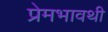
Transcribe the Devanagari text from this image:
प्रेमभावथी